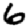
Digit: 6